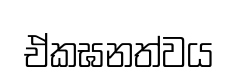
ඒකඝනත්වය